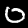
Digit: 0